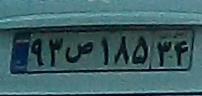
۹۳ص۱۸۵۳۴